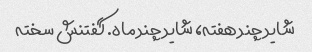
شاید چند هفته، شاید چند ماه. گفتنش سخته